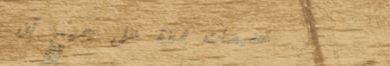
تخفيضات مميزة على جميع أن